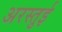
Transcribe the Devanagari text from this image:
अरस्तुई